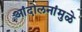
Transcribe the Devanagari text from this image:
आंदोलनांमुळे